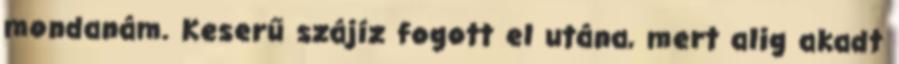
mondanám. Keserű szájíz fogott el utána, mert alig akadt